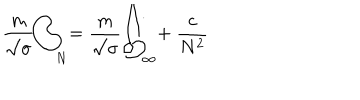
{ \frac { m } { \surd \sigma } } \Biggl / _ { \! N } = { \frac { m } { \surd \sigma } } \Biggl / _ { \! \infty } + \ { \frac { c } { N ^ { 2 } } }